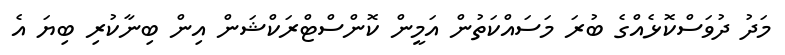
މަދު ދުވަސްކޮޅެއްގެ ބުރަ މަސައްކަތުން އަމީން ކޮންސްޓްރަކްޝަން އިން ބިނާކުރި ބިޔަ އެ